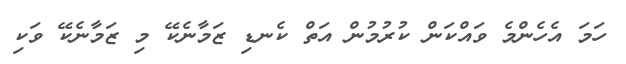
ހަމަ އެހެންމެ ވައްކަން ކުރުމުން އަތް ކެނޑި ޒަމާނެކޭ މި ޒަމާނެކޭ ވަކި